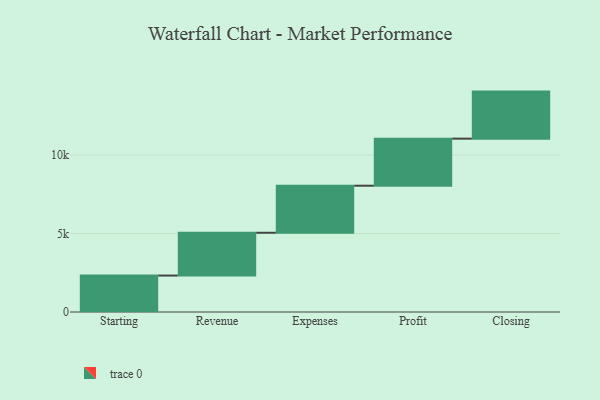
{"axis": {"x": "Step", "y": "Value"}, "legend": [""], "data": [{"x": "Starting", "y": 2324.0, "type": ""}, {"x": "Revenue", "y": 2728.0, "type": ""}, {"x": "Expenses", "y": 3000, "type": ""}, {"x": "Profit", "y": 3000, "type": ""}, {"x": "Closing", "y": 3000, "type": ""}]}